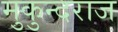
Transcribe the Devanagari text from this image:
मुकुन्दराज